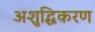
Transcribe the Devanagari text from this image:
अशुद्धिकरण